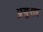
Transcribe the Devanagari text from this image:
प्रयुत्तर